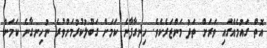
އޮތް ގައުމެއްގައި ވަރަށް ތަދު މަންޒަރެކެވެ. ހިނގާފާނެ ކަމަށް ގަބޫލުކުރުމަށްވުރެ ނުހިނގާނެ ކަމަށް